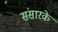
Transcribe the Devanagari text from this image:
संसारके